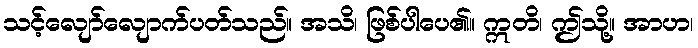
သင့်လျော်လျောက်ပတ်သည်။ အသိ၊ ဖြစ်ပါပေ၏။ ဣတိ၊ ဤသို့။ အာဟ၊